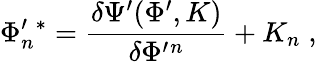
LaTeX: \Phi_{n}^{\prime}{}^{*}=\frac{\delta\Psi^{\prime}(\Phi^{\prime},K)}{\delta\Phi^{\prime}{}^{n}}+K_{n}\; ,